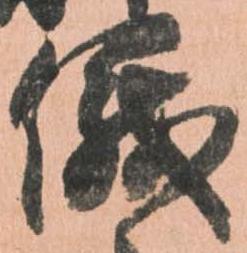
儀